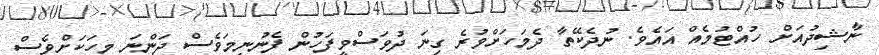
ނާޝިދުއަށް ހުއްޓުމެއް އައެވެ. ނުދެކޭތާ ދެމަހަށްވުރެ ގިނަ ދުވަސްވީފަހުން ފެނުނީމަވެސް ދަންނަ މީހަކަށްވެސް